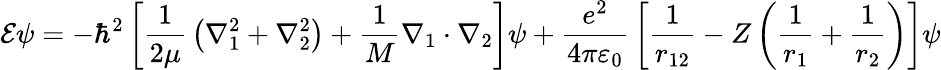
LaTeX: \mathcal{E}\psi=-\hbar^{2}\left[{\frac{{1}}{{2\mu}}}\left(\nabla_{1}^{2}+\nabla_{2}^{2}\right)+{\frac{{1}}{{M}}}\nabla_{1}\cdot\nabla_{2}\right]\psi+{\frac{{e^{2}}}{{4\pi\varepsilon_{0}}}}\left[{\frac{{1}}{{r_{12}}}}-Z\left({\frac{{1}}{{r_{1}}}}+{\frac{{1}}{{r_{2}}}}\right)\right]\psi